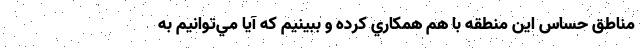
مناطق حساس اين منطقه با هم همكاري كرده و ببينيم كه آيا مي‌توانيم به